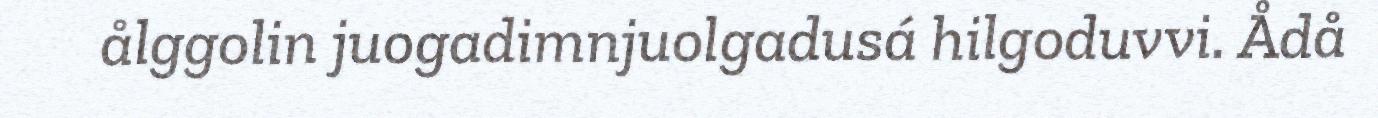
ålggolin juogadimnjuolgadusá hilgoduvvi. Ådå